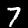
Digit: 7